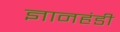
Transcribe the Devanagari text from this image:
ज्ञानहंडी